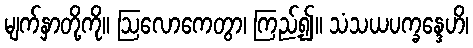
မျက်နှာတို့ကို။ ဩလောကေတွာ၊ ကြည့်၍။ သံသယပက္ခန္ဒေဟိ၊